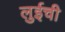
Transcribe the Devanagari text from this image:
लुईची